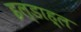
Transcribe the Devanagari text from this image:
इल्डाह्ल